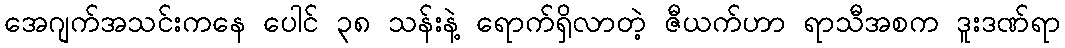
အေဂျက်အသင်းကနေ ပေါင် ၃၈ သန်းနဲ့ ရောက်ရှိလာတဲ့ ဇီယက်ဟာ ရာသီအစက ဒူးဒဏ်ရာ